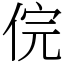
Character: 俒